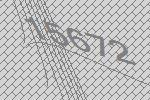
15672